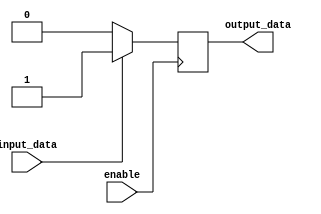
module io_buffer (
    input wire enable,
    input wire input_data,
    output reg output_data
);

always @(posedge enable) begin
    if (enable) begin
        if (input_data) begin
            output_data <= 1'b1;
        end else begin
            output_data <= 1'b0;
        end
    end else begin
        output_data <= 1'bz;
    end
end

endmodule